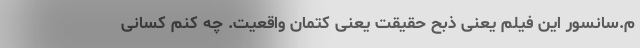
م.سانسور این فیلم یعنی ذبح حقیقت یعنی کتمان واقعیت. چه کنم کسانی